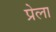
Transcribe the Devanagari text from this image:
प्रेला